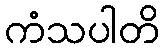
ကံသပါတိ